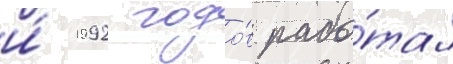
и́ 1992 годо́в рабо́тал